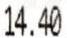
14.40